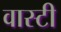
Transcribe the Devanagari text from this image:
वास्टी